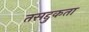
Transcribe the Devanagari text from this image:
तसद्दुकता